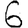
Digit: 6